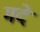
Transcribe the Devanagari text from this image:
मदे